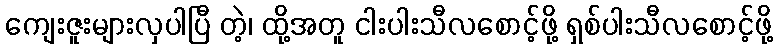
ကျေးဇူးများလှပါပြီ တဲ့၊ ထို့အတူ ငါးပါးသီလစောင့်ဖို့ ရှစ်ပါးသီလစောင့်ဖို့